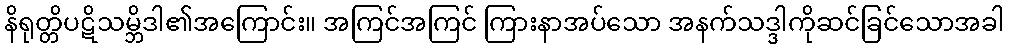
နိရုတ္တိပဋိသမ္ဘိဒါ၏အကြောင်း။ အကြင်အကြင် ကြားနာအပ်သော အနက်သဒ္ဒါကိုဆင်ခြင်သောအခါ